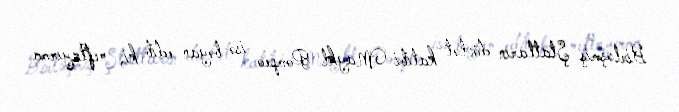
Birləşmiş Ştatların dövlət katibi Maykl Pompeo isə bəyan edib ki, neftayırma